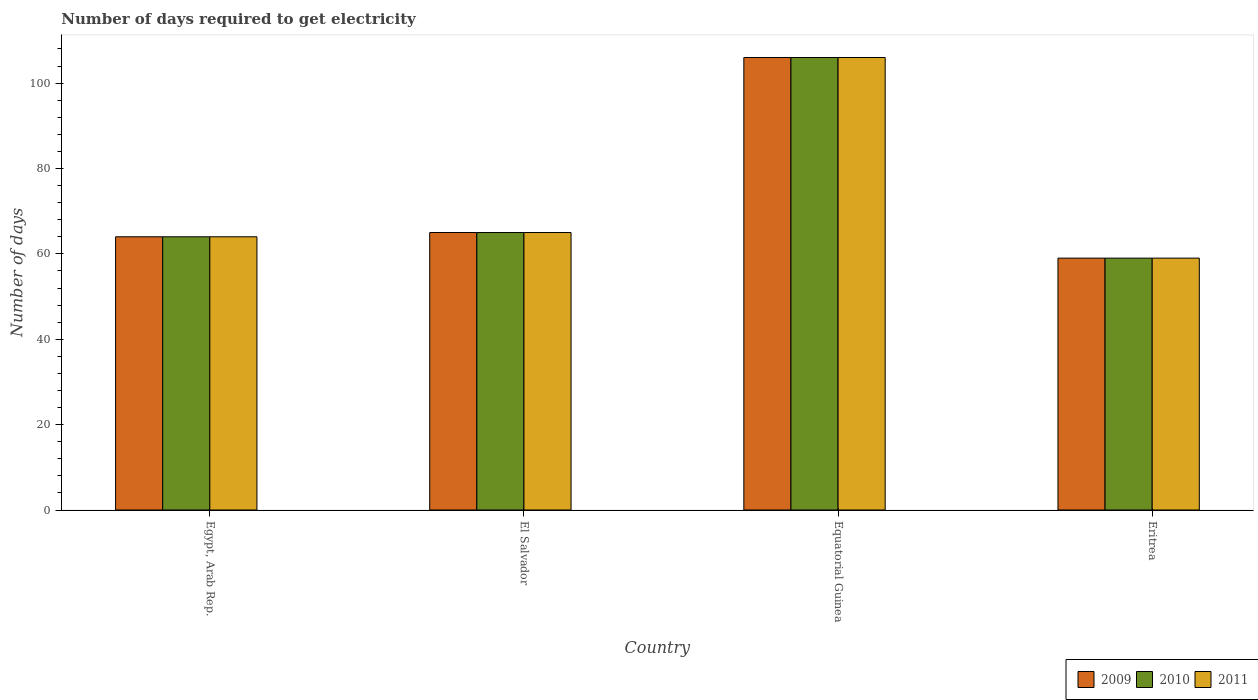
| Country | 2009 | 2010 | 2011 |
 | --- | --- | --- | --- |
 | Egypt, Arab Rep. | 64 | 64 | 64 |
 | El Salvador | 65 | 65 | 65 |
 | Equatorial Guinea | 106 | 106 | 106 |
 | Eritrea | 59 | 59 | 59 |